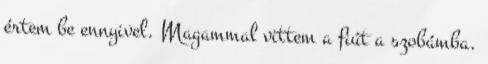
értem be ennyivel. Magammal vittem a fiút a szobámba.